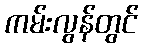
ကမ်းလွန်တွင်